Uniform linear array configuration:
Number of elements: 32
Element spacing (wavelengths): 1
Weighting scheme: kaiser
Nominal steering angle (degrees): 0
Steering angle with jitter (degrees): -0.5241
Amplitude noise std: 0.05
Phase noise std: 0.05

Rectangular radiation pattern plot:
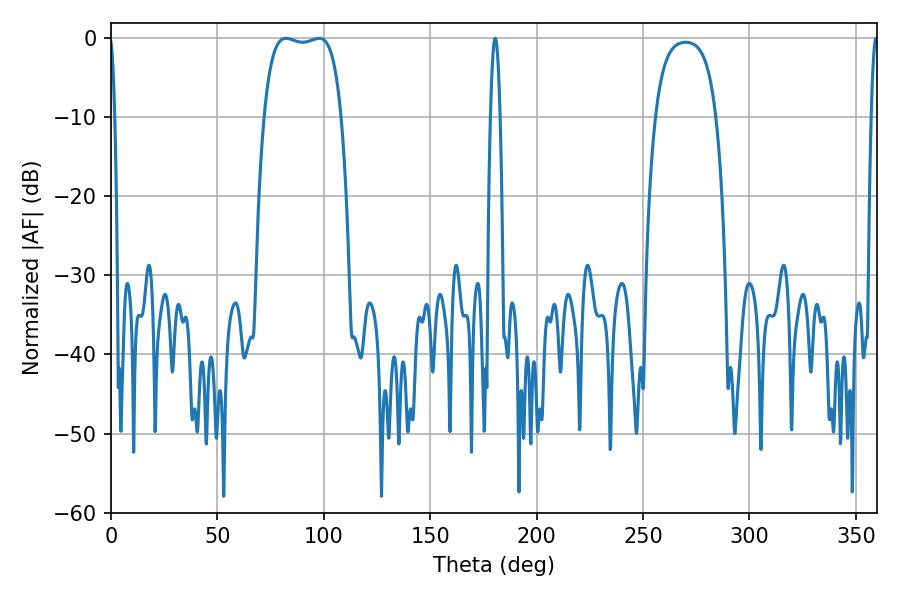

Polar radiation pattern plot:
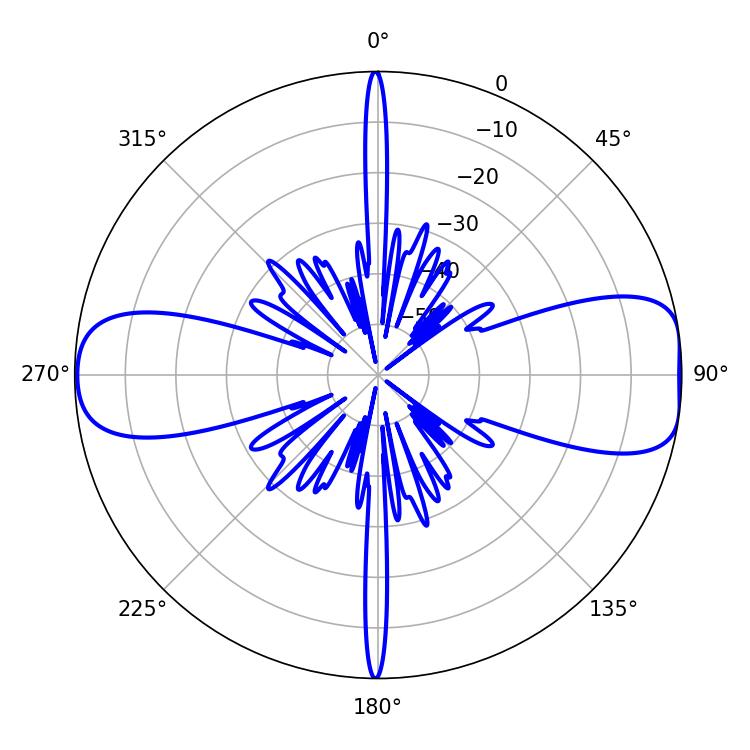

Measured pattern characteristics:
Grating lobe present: TRUE
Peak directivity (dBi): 10.396
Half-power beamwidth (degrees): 2.52
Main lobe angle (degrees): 180.54